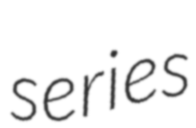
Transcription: series